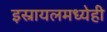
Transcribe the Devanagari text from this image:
इस्रायलमध्येही